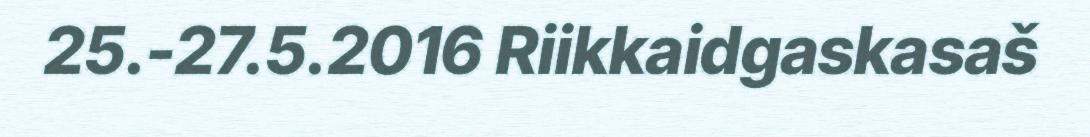
25.-27.5.2016 Riikkaidgaskasaš